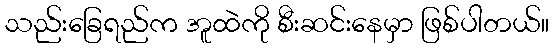
သည်းခြေရည်က အူထဲကို စီးဆင်းနေမှာ ဖြစ်ပါတယ်။